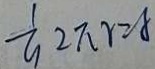
\frac { 1 } { 9 } 2 \pi r = 8